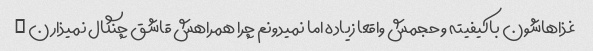
غذاهاشون باکیفیته و حجمش واقعا زیاده اما نمیدونم چرا همراهش قاشق چنگال نمیذارن …